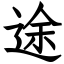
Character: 途